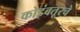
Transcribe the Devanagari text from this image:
कोइंबतूरचे